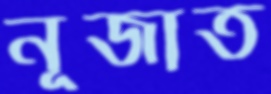
নূজাত